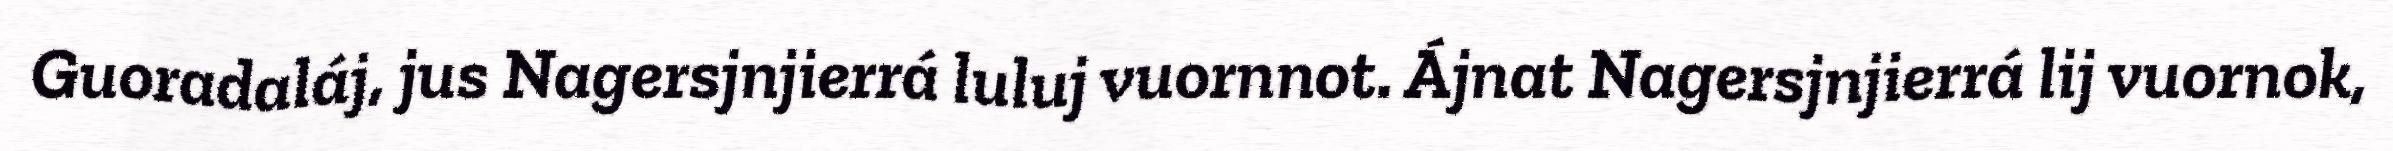
Guoradaláj, jus Nagersjnjierrá luluj vuornnot. Ájnat Nagersjnjierrá lij vuornok,